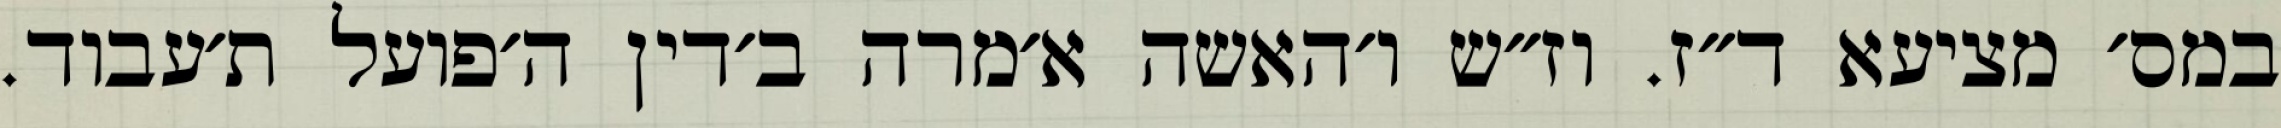
במס׳ מציעא ד״ז. וז״ש ו׳האשה א׳מרה ב׳דין ה׳פועל ת׳עבוד.